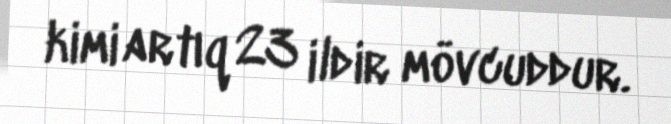
kimi artıq 23 ildir mövcuddur.